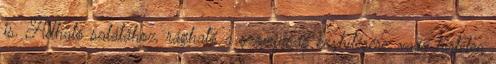
is. Adható salátához, rágható a szomjúság enyhítésére, vagy hirtelen